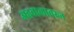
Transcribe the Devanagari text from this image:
अहवालावरुन